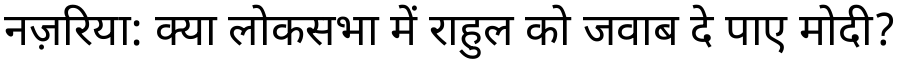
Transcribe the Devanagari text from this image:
नज़रिया: क्या लोकसभा में राहुल को जवाब दे पाए मोदी?